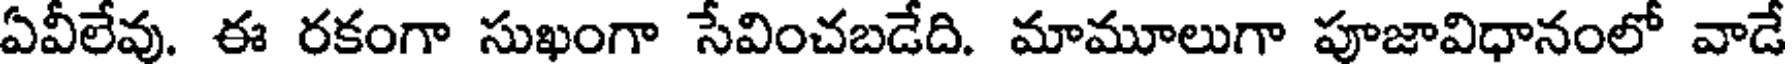
ఏవీలేవు. ఈ రకంగా సుఖంగా సేవించబడేది. మామూలుగా పూజావిధానంలో వాడే